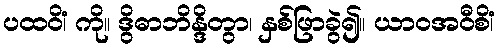
ပထဝိံ၊ ကို။ ဒွိဓာဘိန္ဒိတွာ၊ နှစ်ဖြာခွဲ၍။ ယာဝအဝီစိံ၊